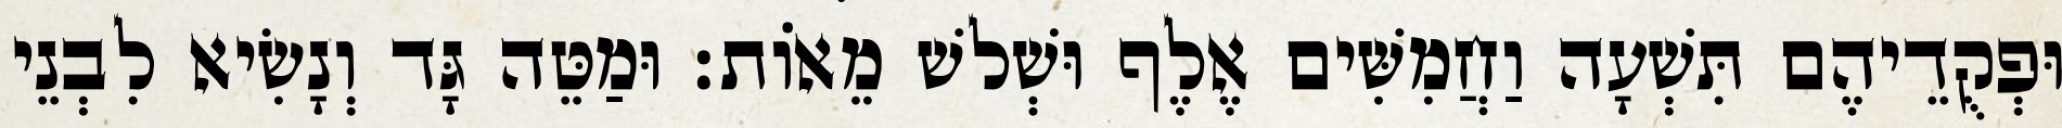
וּפְקֻדֵיהֶם תִּשְׁעָה וַחֲמִשִּׁים אֶלֶף וּשְׁלשׁ מֵאוֹת׃ וּמַטֵּה גָּד וְנָשִׂיא לִבְנֵי